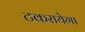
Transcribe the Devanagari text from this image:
टकरायेगा